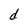
Character: d